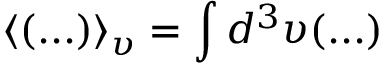
\langle ( . . . ) \rangle _ { \upsilon } = \int d ^ { 3 } \upsilon ( . . . )